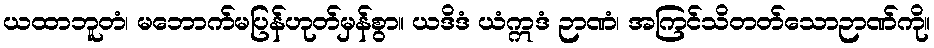
ယထာဘူတံ၊ မဘောက်မပြန်ဟုတ်မှန်စွာ။ ယဒိဒံ ယံဣဒံ ဉာဏံ၊ အကြင်သိတတ်သောဉာဏ်ကို။